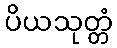
ပိယသုတ္တံ